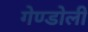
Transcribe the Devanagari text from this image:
गेण्डोली